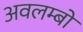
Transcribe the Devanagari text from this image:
अवलम्बों